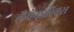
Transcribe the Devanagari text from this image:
लैवेनडेरियस